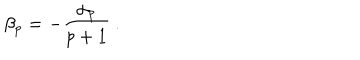
\beta _ { p } = - \frac { \alpha _ { p } } { p + 1 } \ .